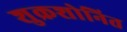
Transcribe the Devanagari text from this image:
शुक्रशोनित